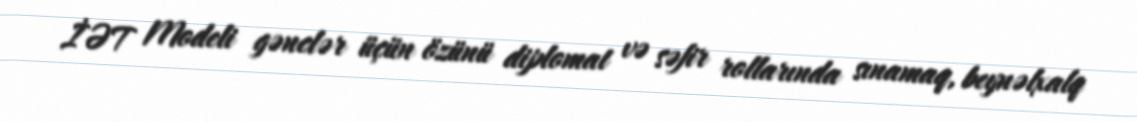
İƏT Modeli gənclər üçün özünü diplomat və səfir rollarında sınamaq, beynəlxalq